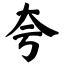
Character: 夸